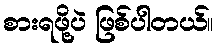
စားရဖို့ပဲ ဖြစ်ပါတယ်။